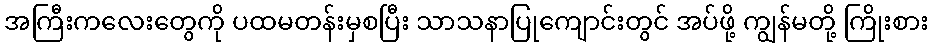
အကြီးကလေးတွေကို ပထမတန်းမှစပြီး သာသနာပြုကျောင်းတွင် အပ်ဖို့ ကျွန်မတို့ ကြိုးစား